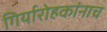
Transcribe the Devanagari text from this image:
गिर्यारोहकांनाच